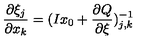
\frac { \partial \xi _ { j } } { \partial x _ { k } } = ( I x _ { 0 } + \frac { \partial Q } { \partial \xi } ) _ { j , k } ^ { - 1 }